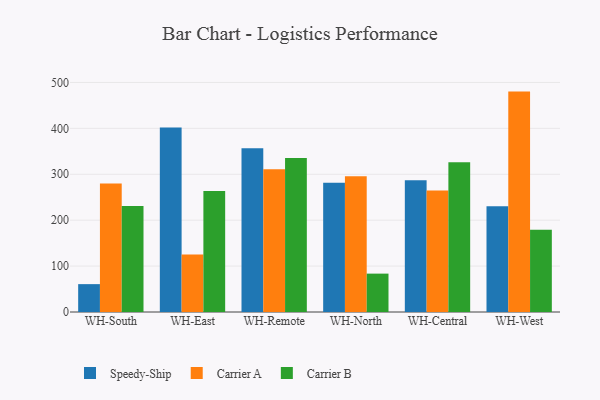
{"axis": {"x": "Warehouse", "y": "Energy Usage (MWh)"}, "legend": ["Carrier A", "Carrier B", "Speedy-Ship"], "data": [{"x": "WH-South", "y": 60.7, "type": "Speedy-Ship"}, {"x": "WH-South", "y": 279.8, "type": "Carrier A"}, {"x": "WH-South", "y": 231.0, "type": "Carrier B"}, {"x": "WH-East", "y": 401.8, "type": "Speedy-Ship"}, {"x": "WH-East", "y": 125.3, "type": "Carrier A"}, {"x": "WH-East", "y": 263.4, "type": "Carrier B"}, {"x": "WH-Remote", "y": 356.9, "type": "Speedy-Ship"}, {"x": "WH-Remote", "y": 310.8, "type": "Carrier A"}, {"x": "WH-Remote", "y": 335.6, "type": "Carrier B"}, {"x": "WH-North", "y": 281.7, "type": "Speedy-Ship"}, {"x": "WH-North", "y": 295.6, "type": "Carrier A"}, {"x": "WH-North", "y": 83.6, "type": "Carrier B"}, {"x": "WH-Central", "y": 287.1, "type": "Speedy-Ship"}, {"x": "WH-Central", "y": 264.9, "type": "Carrier A"}, {"x": "WH-Central", "y": 326.0, "type": "Carrier B"}, {"x": "WH-West", "y": 230.4, "type": "Speedy-Ship"}, {"x": "WH-West", "y": 480.1, "type": "Carrier A"}, {"x": "WH-West", "y": 179.3, "type": "Carrier B"}]}